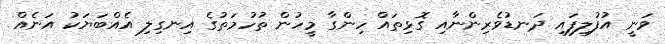
ވަނީ އުފުލިފައި ދަނޑުވެރިންނާއި ގޮޅިތައް ހިންގާ މީހުން ތުހުމަތުގެ އިނގިލި އެއްބަޔަކު އަނެއް